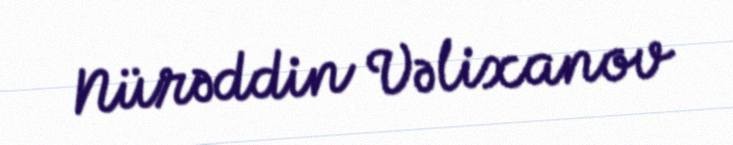
Nürəddin Vəlixanov